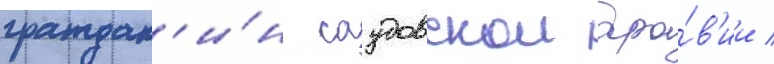
граждан'и́н саудовскои ара́в'ии /